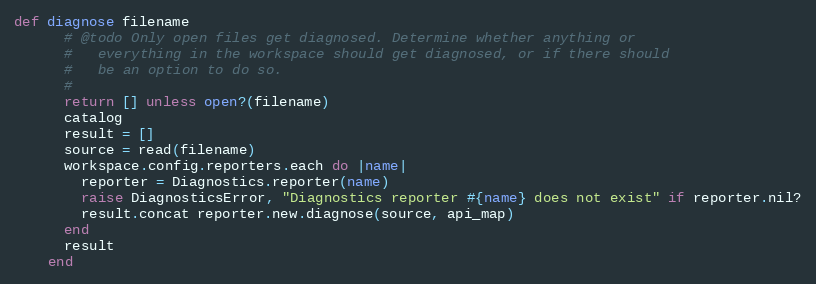
Language: Ruby
def diagnose filename
      # @todo Only open files get diagnosed. Determine whether anything or
      #   everything in the workspace should get diagnosed, or if there should
      #   be an option to do so.
      #
      return [] unless open?(filename)
      catalog
      result = []
      source = read(filename)
      workspace.config.reporters.each do |name|
        reporter = Diagnostics.reporter(name)
        raise DiagnosticsError, "Diagnostics reporter #{name} does not exist" if reporter.nil?
        result.concat reporter.new.diagnose(source, api_map)
      end
      result
    end